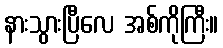
နားသွားပြီလေ အစ်ကိုကြီး။